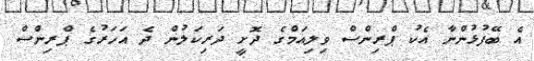
އެ ބޭފުޅުންނާ އެކު ޕްރިންސް ވިލިއަމްގެ ދޮށީ ދަރިކަލުން ދެ އަހަރުގެ ޕްރިންސް